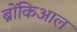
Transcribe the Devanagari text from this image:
ब्रोंकिआल